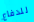
للدفاع